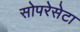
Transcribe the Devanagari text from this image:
सोपरेसेटा